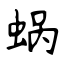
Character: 蜗